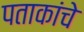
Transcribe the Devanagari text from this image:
पताकांचे